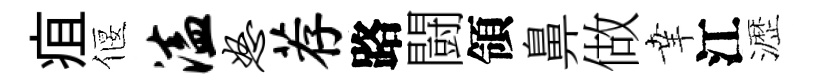
疽偃溘怒荐路闘領鼻做𦍒江瀝